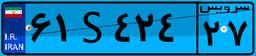
۶۱S۴۲۴۲۷